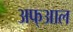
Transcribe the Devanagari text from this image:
अफ्आल